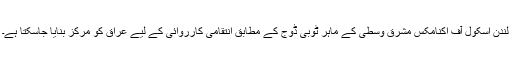
لندن اسکول آف اکنامکس مشرق وسطیٰ کے ماہر ٹوبی ڈوج کے مطابق انتقامی کارروائی کے لیے عراق کو مرکز بنایا جاسکتا ہے۔